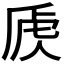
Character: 𰲚